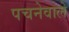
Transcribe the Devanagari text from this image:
पचनेवाले